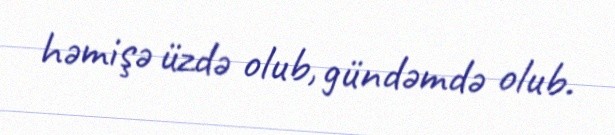
həmişə üzdə olub, gündəmdə olub.